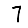
Digit: 7